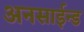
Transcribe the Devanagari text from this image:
अनसाईन्ड